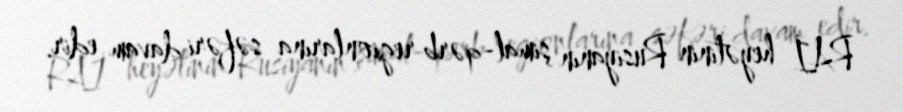
RAİ heyətinin Rusiyanın şimal-qərb regionlarına səfəri davam edir.